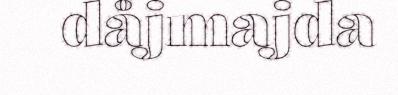
dåjmajda